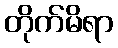
တိုက်မိရာ